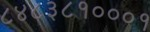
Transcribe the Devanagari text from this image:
८४८३८१०००१